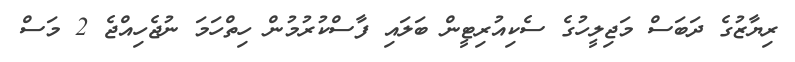
ރިޔާޒުގެ ދަބަސް މަޖިލީހުގެ ސެކިއުރިޓީން ބަލައި ފާސްކުރުމުން ހިތްހަމަ ނުޖެހިއްޖެ 2 މަސް